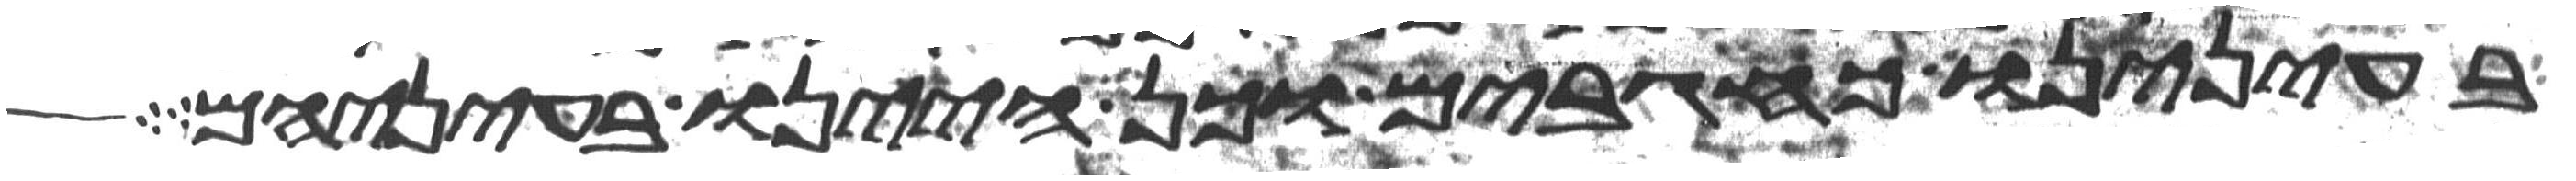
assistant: בעינינו כחגבים וכן היינו בעיניהם